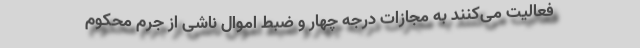
فعالیت می‌کنند به مجازات درجه چهار و ضبط اموال ناشی از جرم محکوم